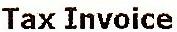
TAX INVOICE